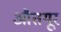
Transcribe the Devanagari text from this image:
औतयूर